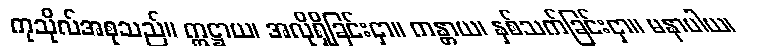
ကုသိုလ်အစုသည်။ ဣဋ္ဌာယ၊ အလိုရှိခြင်းငှာ။ ကန္တာယ၊ နှစ်သက်ခြင်းငှာ။ မနာပါယ၊